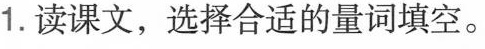
1.读课文，选择合适的量词填空。